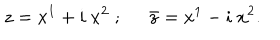
LaTeX: z = x ^ { 1 } + i \ x ^ { 2 } \; ; \; \; { \bar { z } } = x ^ { 1 } - i \ x ^ { 2 } .